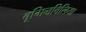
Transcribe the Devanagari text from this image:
बूगिनविलिया